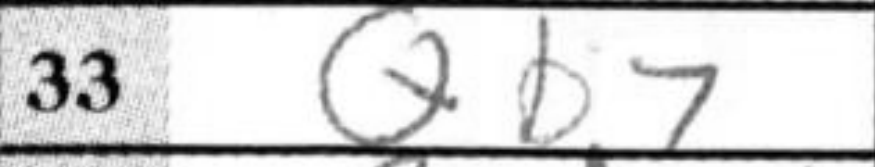
Transcription: Qb7